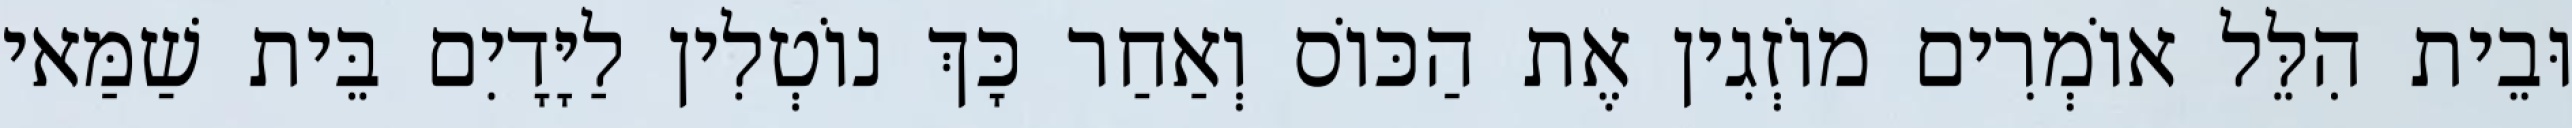
וּבֵית הִלֵּל אוֹמְרִים מוֹזְגִין אֶת הַכּוֹס וְאַחַר כָּךְ נוֹטְלִין לַיָּדָיִם בֵּית שַׁמַּאי